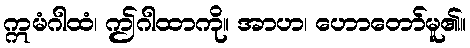
ဣမံဂါထံ၊ ဤဂါထာကို။ အာဟ၊ ဟောတော်မူ၏။